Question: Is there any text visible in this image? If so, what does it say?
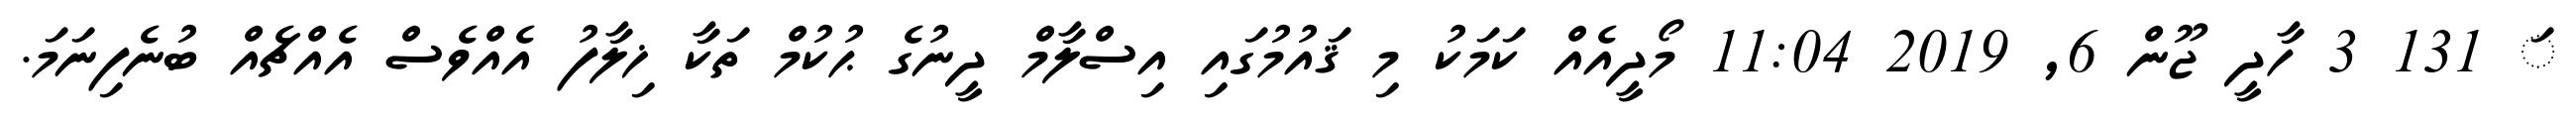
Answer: ަ 131 3 ހާދީ ޖޫން 6, 2019 11:04 މޯދީއެއް ކަމަކު މި ޤައުމުގައި އިސްލާމް ދީނުގެ ޙުކުމް ތަކާ ޚިލާފު އެއްވެސް އެއްޗެއް ބުނެފިނަމަ.